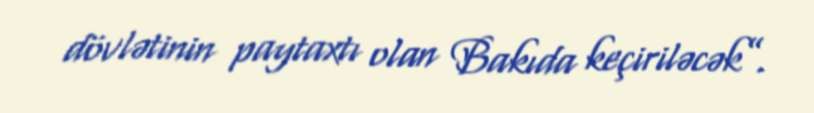
dövlətinin paytaxtı olan Bakıda keçiriləcək”.